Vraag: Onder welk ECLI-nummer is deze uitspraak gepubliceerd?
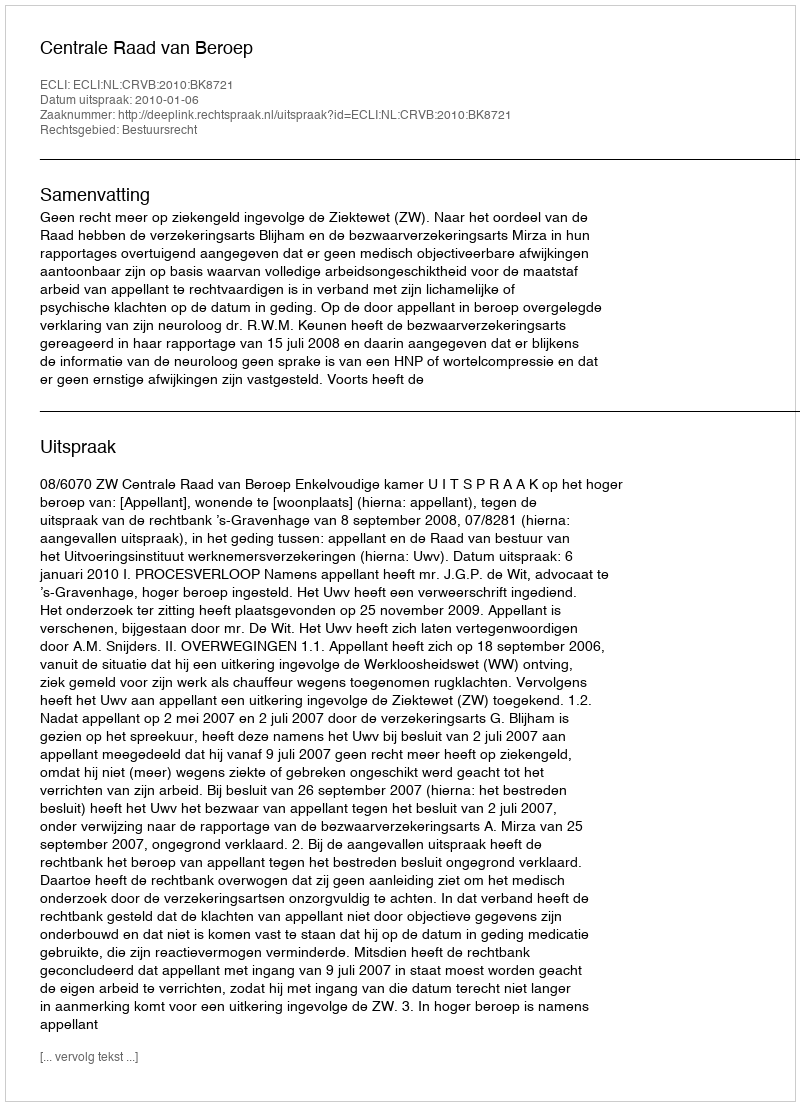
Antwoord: ECLI:NL:CRVB:2010:BK8721